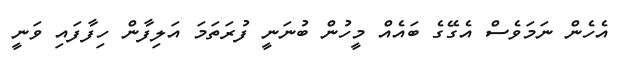
އެހެން ނަމަވެސް އެގޭގެ ބައެއް މީހުން ބުނަނީ ފުރަތަމަ އަލިފާން ހިފާފައި ވަނީ